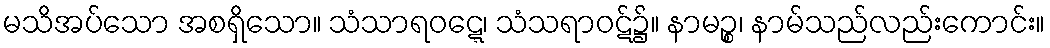
မသိအပ်သော အစရှိသော။ သံသာရဝဋ္ဋေ၊ သံသရာဝဋ်၌။ နာမဉ္စ၊ နာမ်သည်လည်းကောင်း။